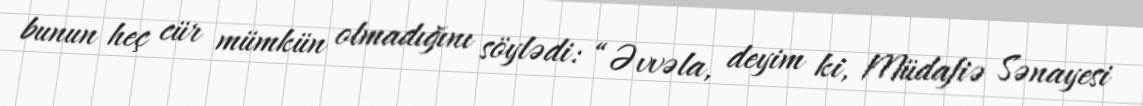
bunun heç cür mümkün olmadığını söylədi: “Əvvəla, deyim ki, Müdafiə Sənayesi